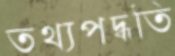
তথ্যপদ্ধতি